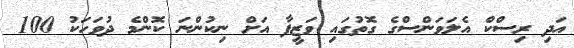
އަދި ރިސްކް އެލަވަންސްގެ ގޮތުގައި ވަޒީފާ އަށް ނިކުންނަ ކޮންމެ ދުވަހަކު 100